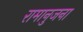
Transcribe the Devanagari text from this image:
रामानुजना